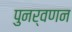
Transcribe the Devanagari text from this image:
पुनर्वणन